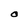
Character: 0